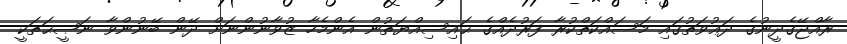
ރާއްޖޭގެދީނުގެ ދަޢުވަތުގައި މަސައްކަތްކުރާ ފަރުދެއްގެ ޙައިސިއްޔަތުން އެންމެހާ ޒުވާނުންނަށް ދޭން ބޭނުންވާ ނަޞީޙަތަކީ